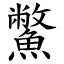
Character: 鱉